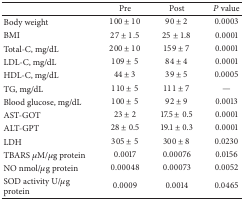
<table><thead><tr><td>[EMPTY_CELL]</td><td><b>Pre</b></td><td><b>Post</b></td><td><b><i>P</i> value</b></td></tr></thead><tbody><tr><td>Body weight</td><td>100 ± 10</td><td>90 ± 2</td><td>0.0003</td></tr><tr><td>BMI</td><td>27 ± 1.5</td><td>25 ± 1.8</td><td>0.0001</td></tr><tr><td>Total-C, mg/dL</td><td>200 ± 10</td><td>159 ± 7</td><td>0.0001</td></tr><tr><td>LDL-C, mg/dL</td><td>109 ± 5</td><td>84 ± 4</td><td>0.0001</td></tr><tr><td>HDL-C, mg/dL</td><td>44 ± 3</td><td>39 ± 5</td><td>0.0005</td></tr><tr><td>TG, mg/dL</td><td>110 ± 5</td><td>111 ± 7</td><td>—</td></tr><tr><td>Blood glucose, mg/dL</td><td>100 ± 5</td><td>92 ± 9</td><td>0.0013</td></tr><tr><td>AST-GOT</td><td>23 ± 2</td><td>17.5 ± 0.5</td><td>0.0001</td></tr><tr><td>ALT-GPT</td><td>28 ± 0.5</td><td>19.1 ± 0.3</td><td>0.0001</td></tr><tr><td>LDH</td><td>305 ± 5</td><td>300 ± 8</td><td>0.0230</td></tr><tr><td>TBARS <i>μ</i>M/<i>μ</i>g protein</td><td>0.0017</td><td>0.00076</td><td>0.0156</td></tr><tr><td>NO nmol/<i>μ</i>g protein</td><td>0.00048</td><td>0.00073</td><td>0.0052</td></tr><tr><td>SOD activity U/<i>μ</i>g protein</td><td>0.0009</td><td>0.0014</td><td>0.0465</td></tr></tbody></table>